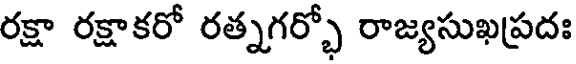
రక్షా రక్షాకరో రత్నగర్భో రాజ్యసుఖప్రదః